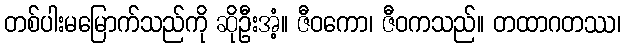
တစ်ပါးမမြောက်သည်ကို ဆိုဦးအံ့။ ဇီဝကော၊ ဇီဝကသည်။ တထာဂတဿ၊